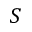
S